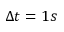
\Delta t = 1 s